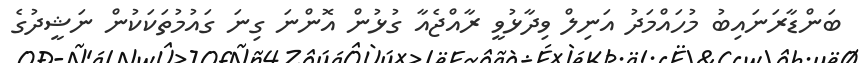
ބަންޑާރަނައިބު މުހައްމަދު އަނިލް ވިދާޅުވީ ރާއްޖެއާ ގުޅުން އޮންނަ ގިނަ ގައުމުތަކަކުން ނަޝީދުގެ